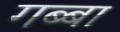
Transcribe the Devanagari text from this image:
गब्बा